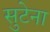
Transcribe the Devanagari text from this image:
सुटेना